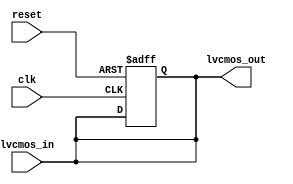
module lvcmos_buffer (
    input wire clk,             // Clock signal
    input wire reset,           // Reset signal
    input wire lvcmos_in,       // LVCMOS input signal
    output reg lvcmos_out       // LVCMOS output signal
);

// Voltage level translation circuitry
assign lvcmos_out = lvcmos_in;

// Control logic to manage data flow
always @ (posedge clk or posedge reset)
begin
    if (reset)
        lvcmos_out <= 1'b0;
    else
        lvcmos_out <= lvcmos_in;
end

endmodule